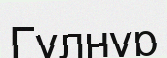
Гүлнұр